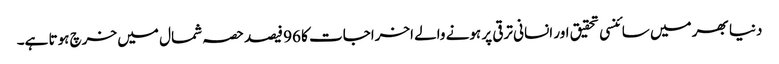
دنیا بھر میں سائنسی تحقیق اور انسانی ترقی پر ہونے والے اخراجات کا 96 فیصد حصہ شمال میں خرچ ہوتا ہے۔